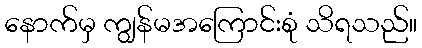
နောက်မှ ကျွန်မအကြောင်းစုံ သိရသည်။